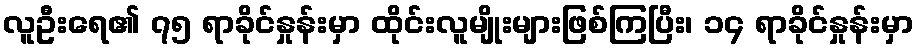
လူဦးရေ၏ ၇၅ ရာခိုင်နှုန်းမှာ ထိုင်းလူမျိုးများဖြစ်ကြပြီး၊ ၁၄ ရာခိုင်နှုန်းမှာ